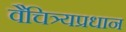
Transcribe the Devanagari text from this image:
वैचित्र्यप्रधान